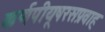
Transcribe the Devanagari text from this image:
कर्णपीयूषरसप्रवाह